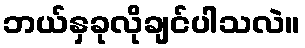
ဘယ်နှခုလိုချင်ပါသလဲ။